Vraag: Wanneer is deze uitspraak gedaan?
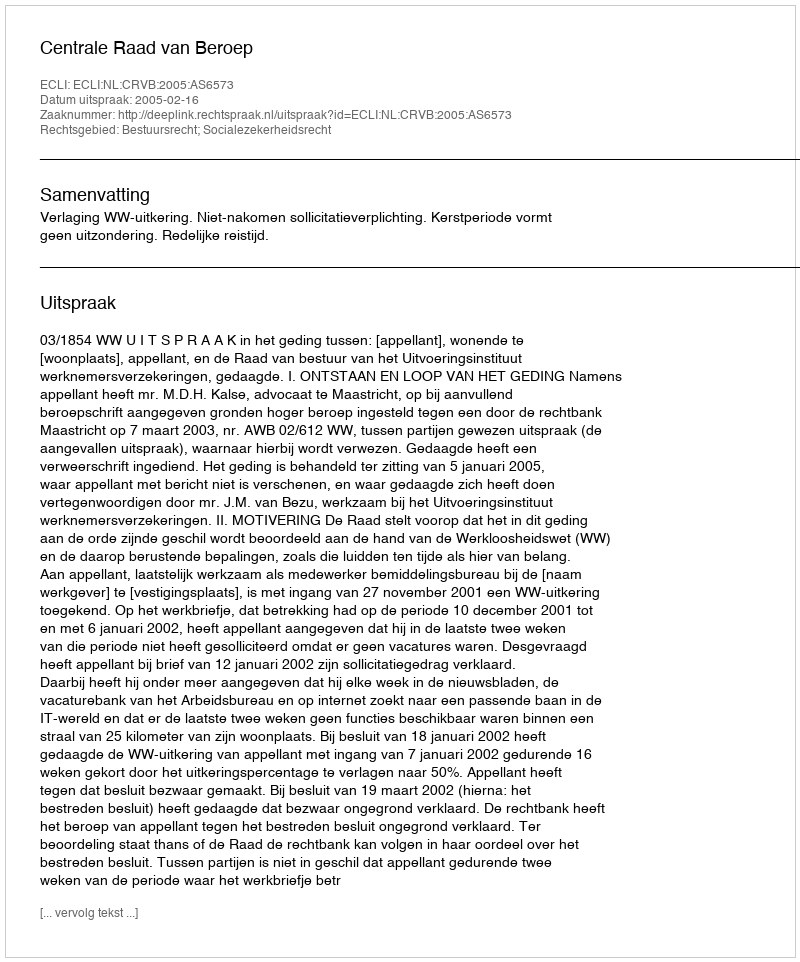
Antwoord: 2005-02-16